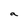
Character: a